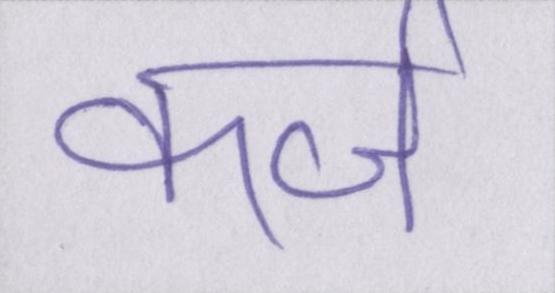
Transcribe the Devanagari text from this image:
कर्ज